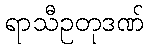
ရာသီဥတုဒဏ်